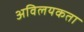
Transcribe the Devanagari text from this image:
अविलयकता